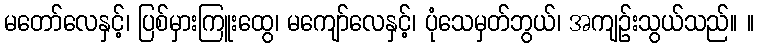
မတော်လေနှင့်၊ ပြစ်မှားကြူးထွေ၊ မကျော်လေနှင့်၊ ပုံသေမှတ်ဘွယ်၊ အကျဉ်းသွယ်သည်။ ။